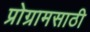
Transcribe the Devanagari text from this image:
प्रोग्रामसाठी